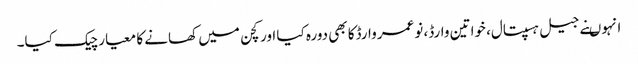
انہوںنے جیل ہسپتال، خواتین وارڈ، نوعمر وارڈکا بھی دورہ کیا اور کچن میں کھانے کا معیار چیک کیا۔